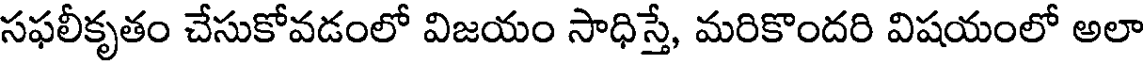
సఫలీకృతం చేసుకోవడంలో విజయం సాధిస్తే, మరికొందరి విషయంలో అలా